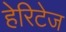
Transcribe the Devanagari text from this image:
हेरिटेज